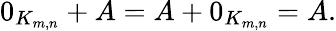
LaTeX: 0_{K_{m,n}}+A=A+0_{K_{m,n}}=A.